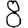
Digit: 8